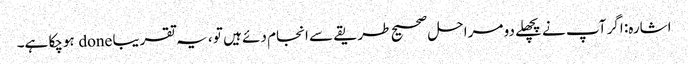
اشارہ: اگر آپ نے پچھلے دو مراحل صحیح طریقے سے انجام دئے ہیں تو ، یہ تقریبا done ہوچکا ہے۔